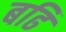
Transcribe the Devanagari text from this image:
बढि